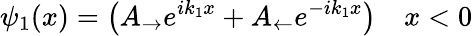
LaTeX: \psi_{1}(x)=\left(A_{\rightarrow}e^{ik_{1}x}+A_{\leftarrow}e^{-ik_{1}x}\right)\quad x<0